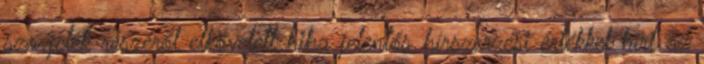
szovjetek részéről elkövetett hiba jelentős hírszerzési értékkel bírt az